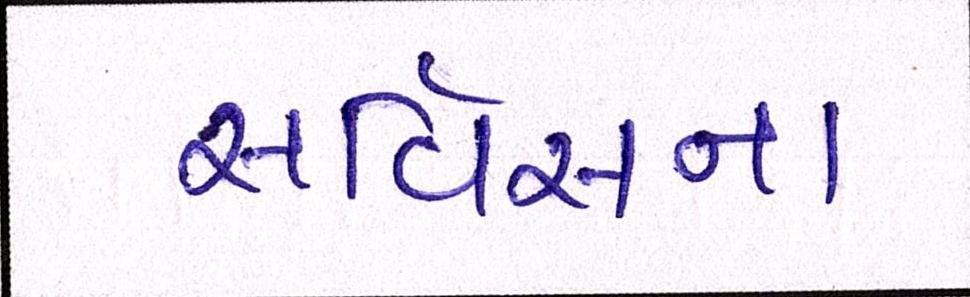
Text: સર્વિસના